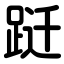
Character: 跹